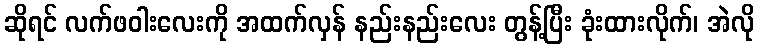
ဆိုရင် လက်ဖဝါးလေးကို အထက်လှန် နည်းနည်းလေး တွန့်ပြီး ခုံးထားလိုက်၊ အဲလို